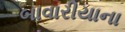
બાવારીયાના